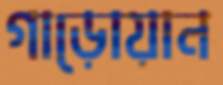
গাড়োয়ান